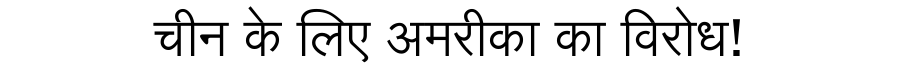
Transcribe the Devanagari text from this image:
चीन के लिए अमरीका का विरोध!